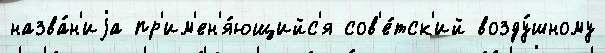
назва́н'иjа пр'им'ен'я́ющийс'я сов'е́тск'ий возду́шному